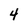
Character: 4